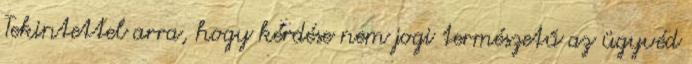
Tekintettel arra, hogy kérdése nem jogi természetű az ügyvéd